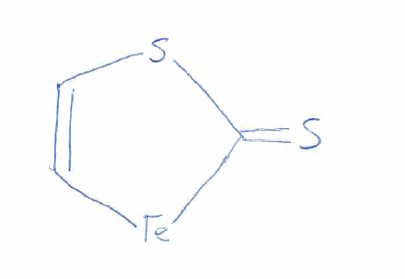
Simplified molecular-input line-entry system (SMILES) notation of the given molecule:
C1=C[Te]C(=S)S1